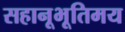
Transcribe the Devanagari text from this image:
सहानूभूतिमय